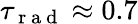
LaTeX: \tau_{\mathrm{~r~a~d~}}\approx 0.7